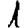
Digit: 1